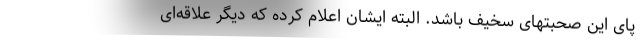
پای این صحبتهای سخیف باشد. البته ایشان اعلام کرده که دیگر علاقه‌ای